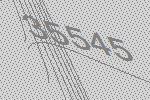
35545